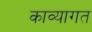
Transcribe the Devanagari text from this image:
काव्यागत